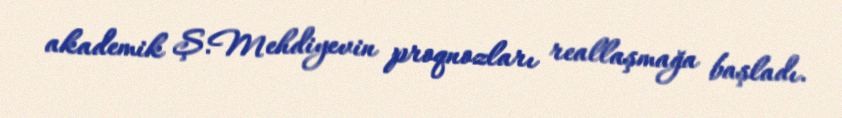
akademik Ş.Mehdiyevin proqnozları reallaşmağa başladı.